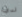
لدي